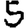
Digit: 5